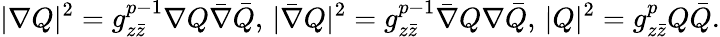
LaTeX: |\nabla Q|^{2}=g_{z\bar{z}}^{p-1}\nabla Q\bar{\nabla}\bar{Q},\, |\bar{\nabla}Q|^{2}=g_{z\bar{z}}^{p-1}\bar{\nabla}Q\nabla\bar{Q},\, |Q|^{2}=g_{z\bar{z}}^{p}Q\bar{Q}.